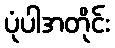
ပုံပါအတိုင်း